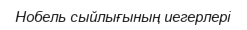
Нобель сыйлығының иегерлері